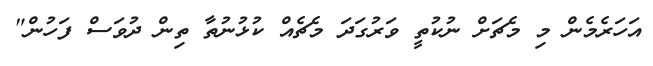
އަހަރެމެން މި މެޗަށް ނުކުތީ ވަރުގަދަ މެޗެއް ކުޅުނުތާ ތިން ދުވަސް ފަހުން"